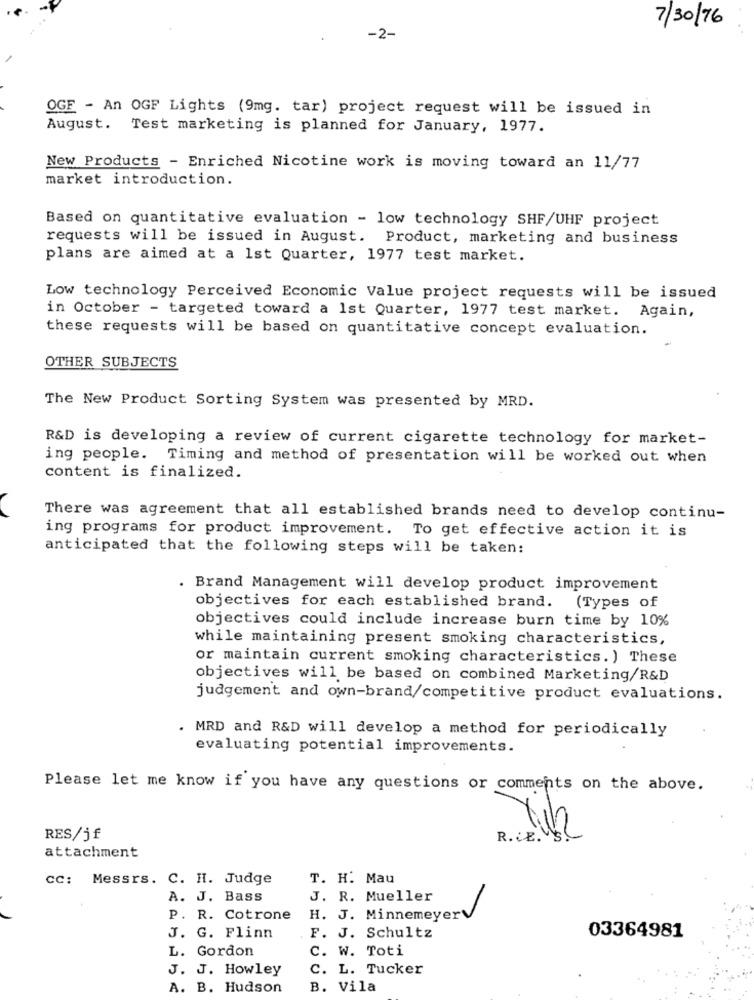
7/30/76
-2-
OGF - An OGF Lights (9mg. tar) project request will be issued in
August. Test marketing is planned for January, 1977.
New Products - Enriched Nicotine work is moving toward an 11/77
market introduction.
Based on quantitative evaluation - low technology SHF/UHF project
requests will be issued in August. Product, marketing and business
plans are aimed at a 1st Quarter, 1977 test market.
Low technology Perceived Economic Value project requests will be issued
in October - targeted toward a 1st Quarter, 1977 test market. Again,
these requests will be based on quantitative concept evaluation.
OTHER SUBJECTS
The New Product Sorting System was presented by MRD.
R&D is developing a review of current cigarette technology for market-
ing people. Timing and method of presentation will be worked out when
content is finalized.
There was agreement that all established brands need to develop continu-
ing programs for product improvement. To get effective action it is
anticipated that the following steps will be taken:
. Brand Management will develop product improvement
objectives for each established brand. (Types of
objectives could include increase burn time by 10%
while maintaining present smoking characteristics,
or maintain current smoking characteristics. ) These
objectives will be based on combined Marketing/R&D
judgement and own-brand/competitive product evaluations.
. MRD and R&D will develop a method for periodically
evaluating potential improvements.
Please let me know if you have any questions or comments on the above.
RES/jf
R. 8
attachment
cc: Messrs. C. H. Judge
T. H. Mau
A. J. Bass
J. R. Mueller
P. R. Cotrone
H. J. Minnemeyer
J. G. Flinn
F. J. Schultz
03364981
L. Gordon
c. W. Toti
J. J. Howley
C. L. Tucker
A. B. Hudson
B. Vila